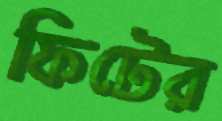
ফিটের